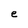
Character: e